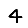
Digit: 4